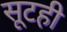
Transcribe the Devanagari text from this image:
सूटही